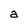
Character: a